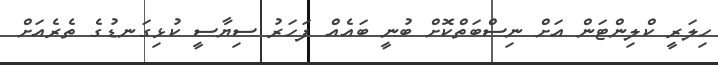
ހިލަރީ ކްލިންޓަން އަށް ނިސްބަތްކޮށް ބުނީ ބައެއް ފަހަރު ސިޔާސީ ކުޅިގަނޑުގެ ތެރެއަށް